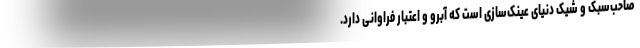
صاحب‌سبک و شیک دنیای عینک‌سازی است که آبرو و اعتبار فراوانی دارد.